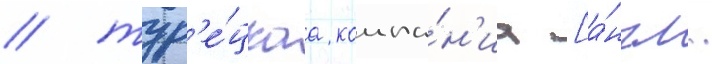
/ тур'е́цкаа компа́н'иа [а́нгл.